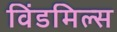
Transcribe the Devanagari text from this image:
विंडमिल्स